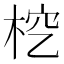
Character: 𣑒